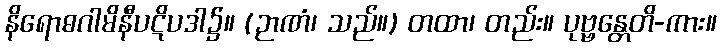
နိရောဓဂါမိနီပဋိပဒါ၌။ (ဉာဏံ၊ သည်။) တထာ၊ တည်း။ ပုဗ္ဗန္တေတိ-ကား။